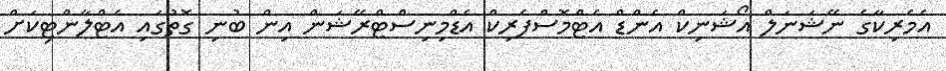
އެމެރިކާގެ ނޭޝަނަލް އޯޝަނިކް އެންޑް އެޓްމޮސްފެރިކް އެޑްމިނިސްޓްރޭޝަން އިން ބުނި ގޮތުގައި އެޓްލާންޓިކަށް